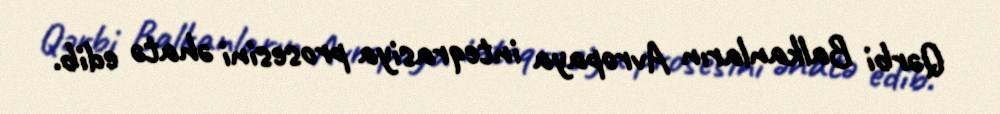
Qərbi Balkanların Avropaya inteqrasiya prosesini əhatə edib.